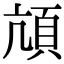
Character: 頏